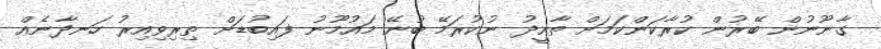
ގާނޫނުން ބޭރުން ކުރާކަންކަމަށް ތާއީދު ނުކުރަމޭ ބުނޭ މައުމޫނު ފައިބުޑަށް ތިރިވިއިރު ހަނދާނެއް